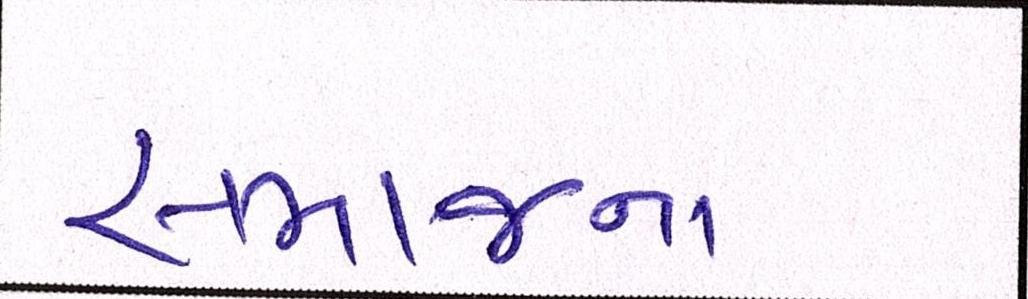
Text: સમાજના